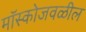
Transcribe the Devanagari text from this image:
मॉस्कोजवळील